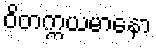
ဝိတက္ကယမာနော